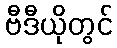
ဗီဒီယိုတွင်